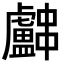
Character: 𬟳